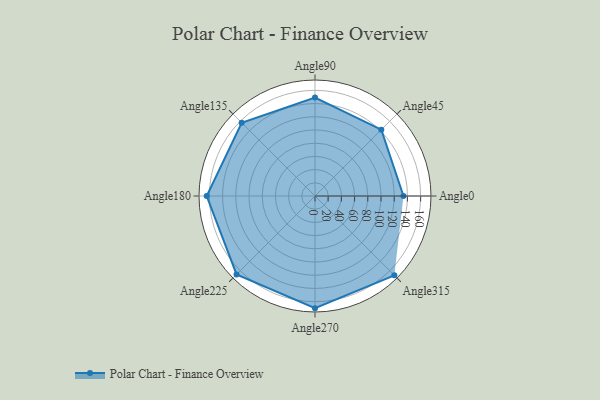
{"axis": {"x": "Angle", "y": "Radius"}, "legend": [""], "data": [{"x": "Angle0", "y": 134.0, "type": ""}, {"x": "Angle45", "y": 142.0, "type": ""}, {"x": "Angle90", "y": 149.0, "type": ""}, {"x": "Angle135", "y": 157.0, "type": ""}, {"x": "Angle180", "y": 164.0, "type": ""}, {"x": "Angle225", "y": 168.0, "type": ""}, {"x": "Angle270", "y": 170, "type": ""}, {"x": "Angle315", "y": 170, "type": ""}]}